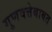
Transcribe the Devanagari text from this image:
गुणवत्तेबाबत